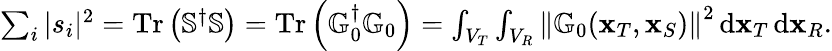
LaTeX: \begin{array}{r}{\sum_{i}|s_{i}|^{2}=\operatorname{Tr}\left(\mathbb{S}^{\dagger}\mathbb{S}\right)=\operatorname{Tr}\left(\mathbb{G}_{0}^{\dagger}\mathbb{G}_{0}\right)=\int_{V_{T}}\int_{V_{R}}\left\| \mathbb{G}_{0}(\mathbf{x}_{T},\mathbf{x}_{S})\right\| ^{2}\, \mathrm{d}\mathbf{x}_{T}\, \mathrm{d}\mathbf{x}_{R}.}\end{array}